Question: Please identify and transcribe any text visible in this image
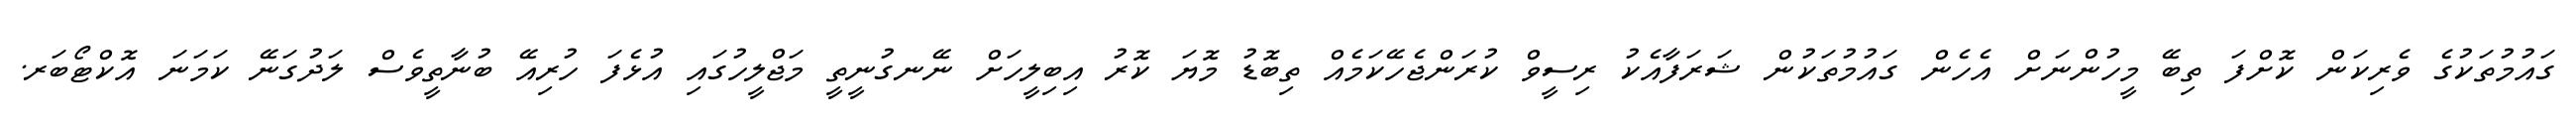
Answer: ގައުމުތަކުގެ ވެރިކަން ކޮށްފަ ތިބޭ މީހުންނަށް އެހެން ގައުމުތަކުން ޝަރަފާއެކު ރިސީވް ކުރަންޖެހޭކަމެއް ތިބޮޑު މޮޔަ ކޮރު އިބިލީހަށް ނޭނގުނީތީ މަޖްލީހުގައި އުޅެފަ ހުރިއޭ ބުނާތީވެސް ލަދުގަނޭ ކަމަނަ އޮކްޓޯބަރ.